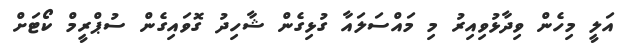
އަލީ މިހެން ވިދާޅުވިއިރު މި މައްސަލައާ ގުޅިގެން ޝާހިދު ގޮވައިގެން ސުޕްރީމް ކޯޓަށް